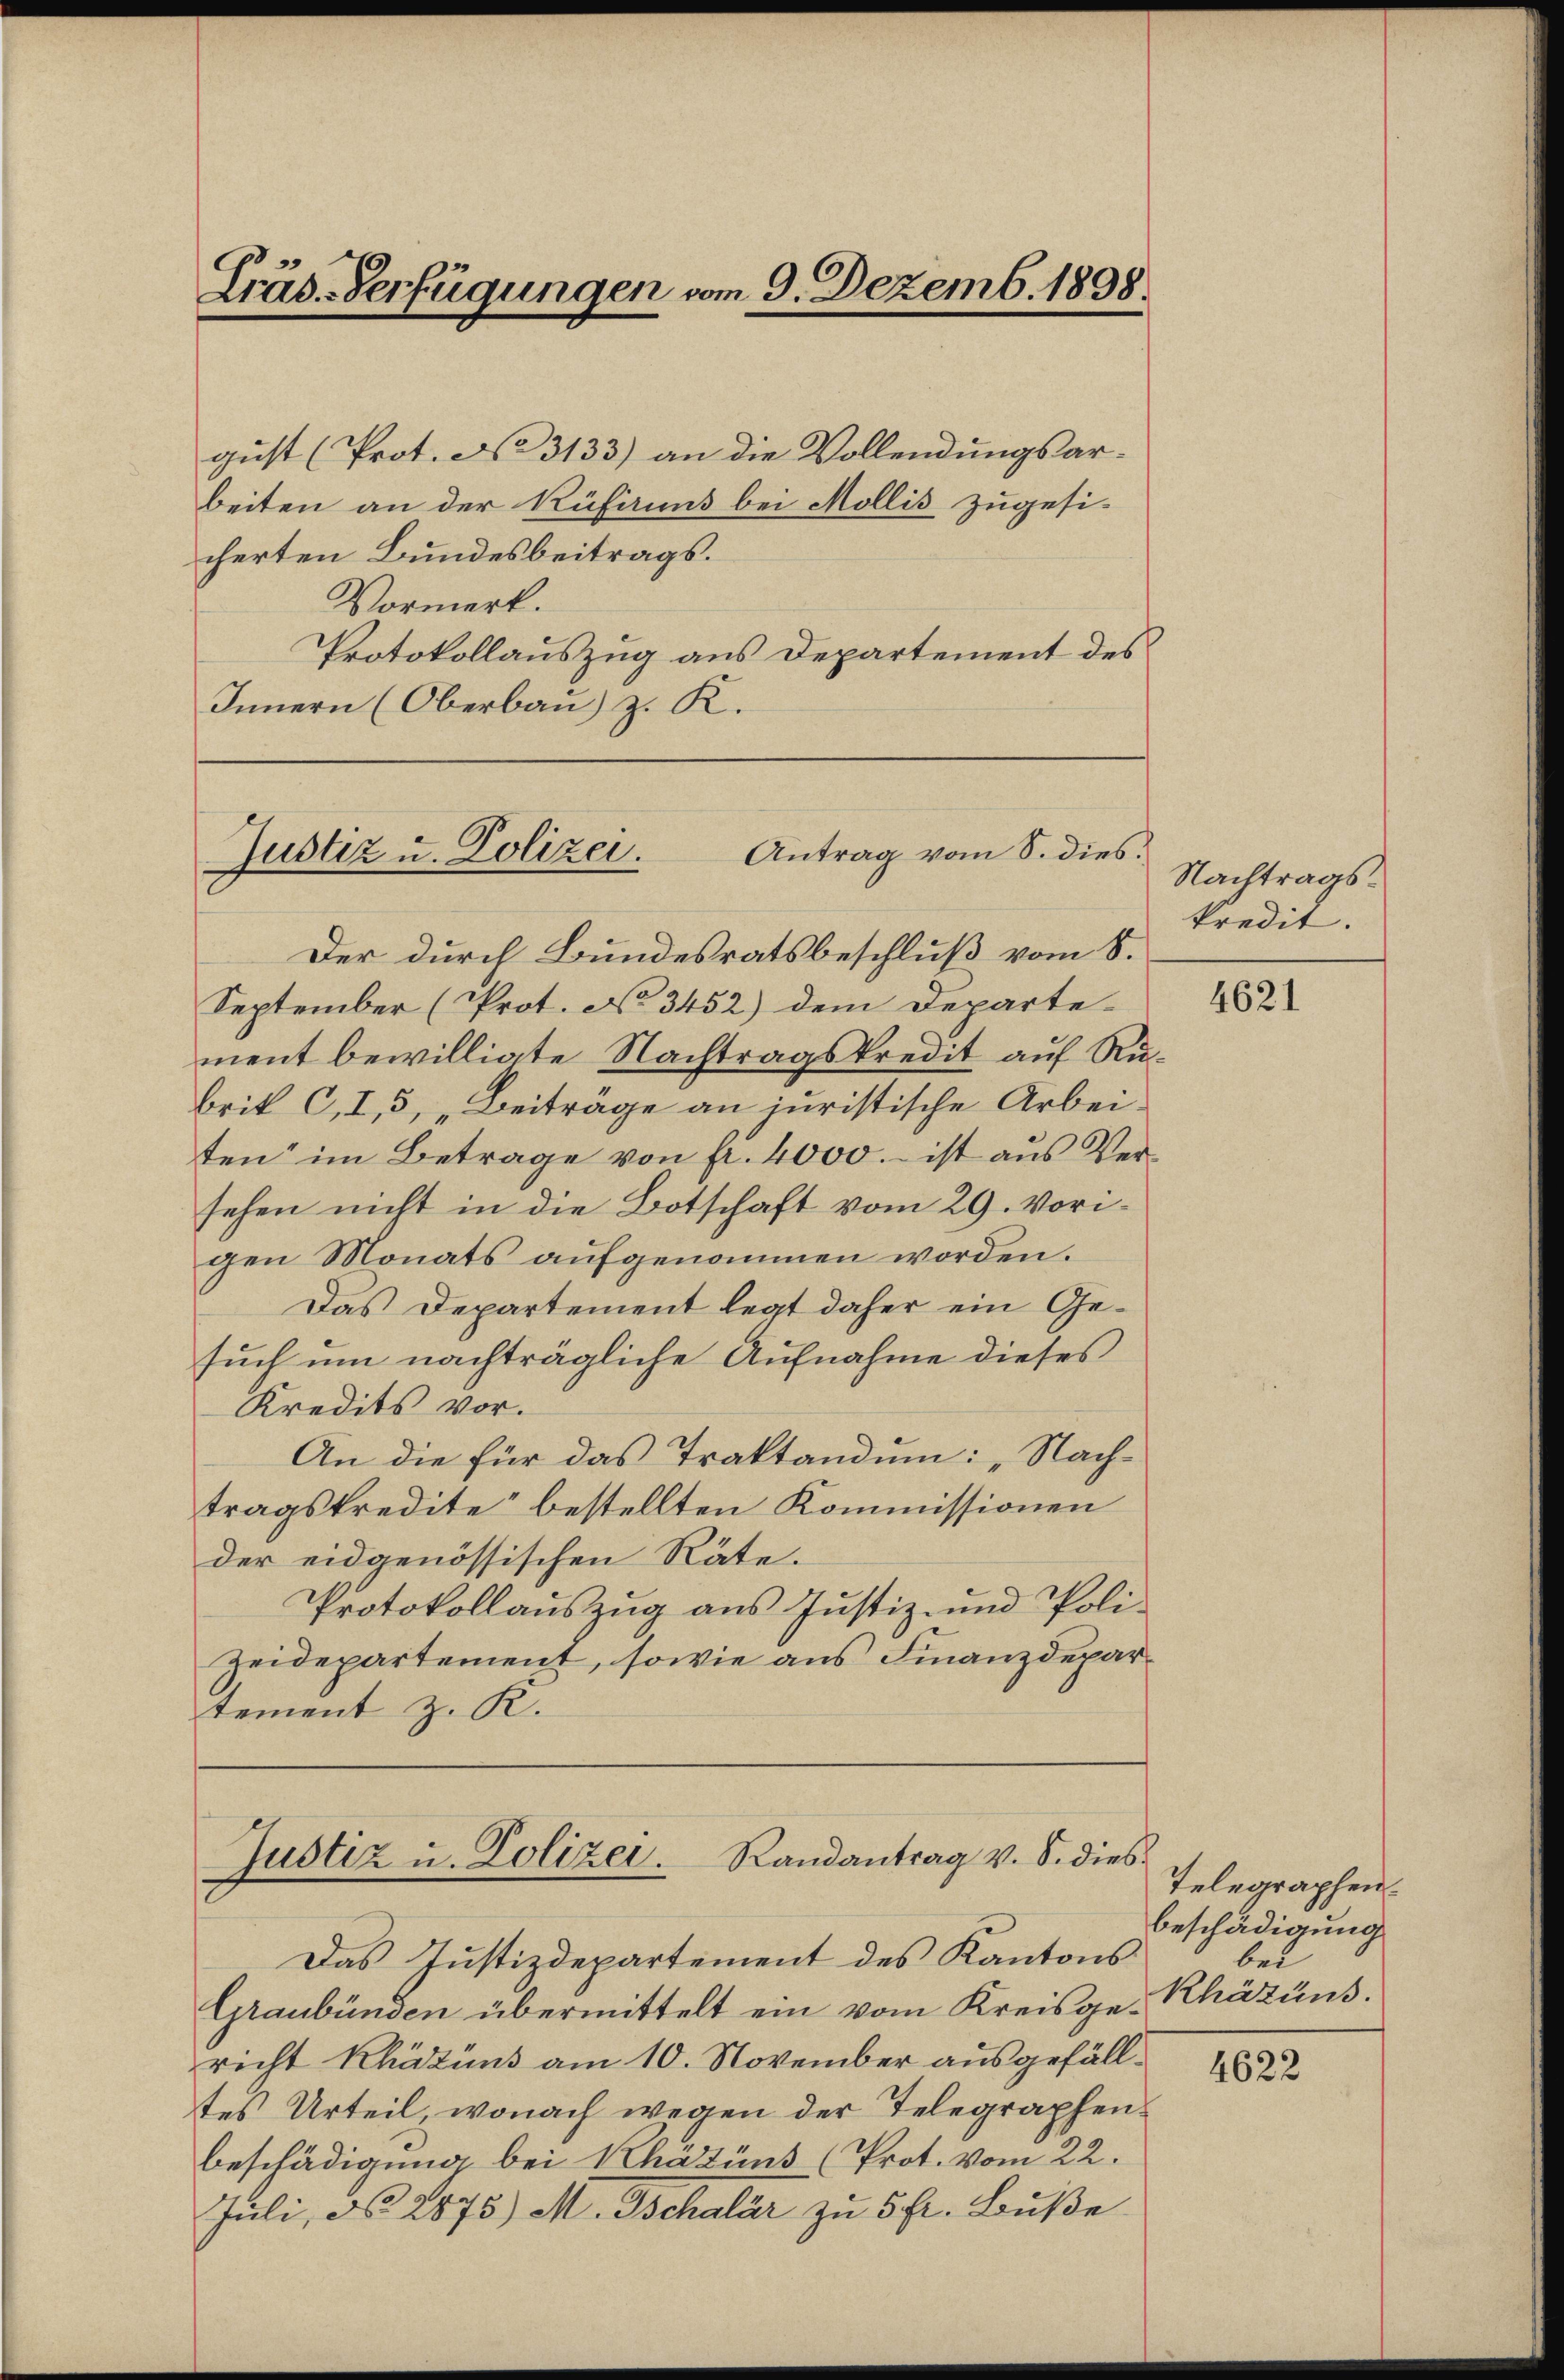
gust (Prot. No 3133) an die Vollendungsar-
beiten an der Rüfiruns bei Mollis zugesi-
cherten Bundesbeitrags.
Vormerk.
Protokollauszug aus Departement des
Innern (Oberbau) z. K.

Präs.-Verfügungen vom 9. Dezemb. 1898.

Antrag vom S. dies
Justiz u. Polizei.

Der durch Bundesratsbeschluß vom 8.
September (Prot. No 3452) dem Departe-
ment bewilligte Nachtragskredit auf Rubrit C, I, 3, „Beiträge an juristische Arbeiten im Betrage von fr. 4000. – ist aus Versehen nicht in die Botschaft vom 29. Vorigen Monats aufgenommen worden.
Das Departement legt daher ein Gesuch um nachträgliche Aufnahme dieses
Kredits vor.
An die für das Traktandum: „Nachtragskredite“ bestellten Kommissionen
der eidgenössischen Räte.
Protokollauszug aus Justiz- und Poli¬
Zeidepartement, sowie aus Finanzdepartement z. R.

Justiz u. Polizei. Randantrag v. S. dies

Das Justizdepartement des Kantons
Graubünden übermittelt ein vom Kreisgerecht Khätnus am 10. November ausgefälltes Urteil, wonach wegen der Telegraphenbeschädigung bei Kházüns (Prot. vom 22.
Juli, No 2875) M. Tschalar zu 5 fr. Buße

Nachtragskredit.

4621

Telegraphen.
beschädigung
bei
Rhätüns.

4622